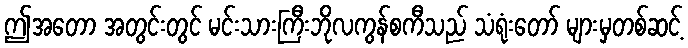
ဤအတော အတွင်းတွင် မင်းသားကြီးဘိုလကွန်စကီသည် သံရုံးတော် များမှတစ်ဆင့်